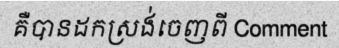
គឺបានដកស្រង់ចេញពី Comment